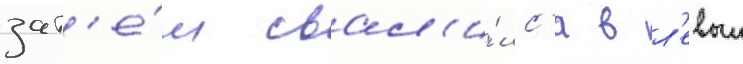
зат'е́м свал'и́лс'я в л'евыи